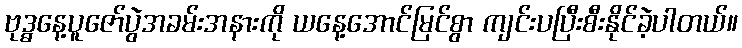
ဗုဒ္ဓနေ့ပူဇော်ပွဲအခမ်းအနားကို ယနေ့အောင်မြင်စွာ ကျင်းပပြီးစီးနိုင်ခဲ့ပါတယ်။